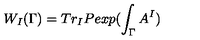
W _ { I } ( \Gamma ) = T r _ { I } P e x p ( \int _ { \Gamma } A ^ { I } )